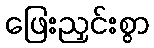
ဖြေးညှင်းစွာ